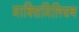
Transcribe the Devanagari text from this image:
माक्सिमिलियन